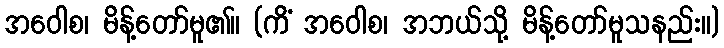
အဝေါစ၊ မိန့်တော်မူ၏။ (ကိံ အဝေါစ၊ အဘယ်သို့ မိန့်တော်မူသနည်း။)